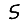
Digit: 5